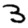
Digit: 3